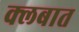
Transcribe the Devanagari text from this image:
क्लबात